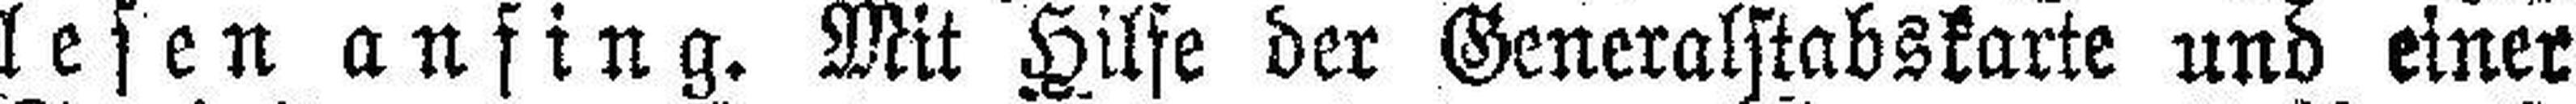
lesen anfing. Mit Hilfe der Generalstabskarte und einer